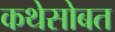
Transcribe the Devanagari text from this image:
कथेसोबत